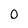
Character: 0